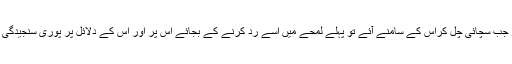
یہ نہ کرسکے تو جب سچائی چل کراس کے سامنے آئے تو پہلے لمحے میں اسے رد کرنے کے بجائے اس پر اور اس کے دلائل پر پوری سنجیدگی سے غور کرے ۔